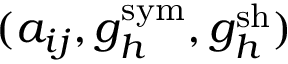
( { a } _ { i j } , { g } _ { h } ^ { \mathrm { s y m } } , { g } _ { h } ^ { \mathrm { s h } } )